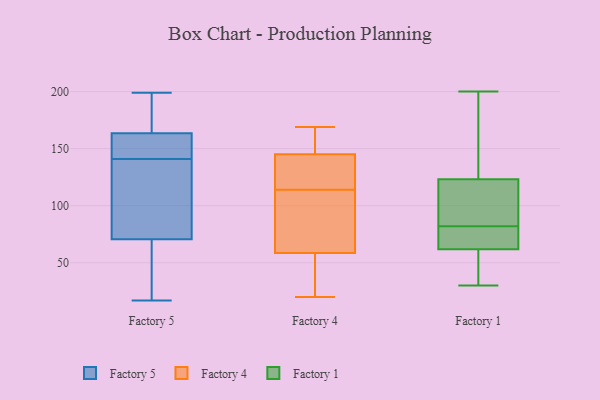
{"axis": {"x": "Satisfaction Score", "y": "Value"}, "legend": ["Factory 1", "Factory 4", "Factory 5"], "data": [{"x": "", "y": 59, "type": "Factory 5"}, {"x": "", "y": 36, "type": "Factory 5"}, {"x": "", "y": 141, "type": "Factory 5"}, {"x": "", "y": 188, "type": "Factory 5"}, {"x": "", "y": 199, "type": "Factory 5"}, {"x": "", "y": 17, "type": "Factory 5"}, {"x": "", "y": 154, "type": "Factory 5"}, {"x": "", "y": 150, "type": "Factory 5"}, {"x": "", "y": 159, "type": "Factory 5"}, {"x": "", "y": 105, "type": "Factory 5"}, {"x": "", "y": 132, "type": "Factory 5"}, {"x": "", "y": 51, "type": "Factory 5"}, {"x": "", "y": 176, "type": "Factory 5"}, {"x": "", "y": 165, "type": "Factory 5"}, {"x": "", "y": 134, "type": "Factory 5"}, {"x": "", "y": 69, "type": "Factory 4"}, {"x": "", "y": 104, "type": "Factory 4"}, {"x": "", "y": 123, "type": "Factory 4"}, {"x": "", "y": 114, "type": "Factory 4"}, {"x": "", "y": 165, "type": "Factory 4"}, {"x": "", "y": 169, "type": "Factory 4"}, {"x": "", "y": 147, "type": "Factory 4"}, {"x": "", "y": 139, "type": "Factory 4"}, {"x": "", "y": 20, "type": "Factory 4"}, {"x": "", "y": 55, "type": "Factory 4"}, {"x": "", "y": 40, "type": "Factory 4"}, {"x": "", "y": 200, "type": "Factory 1"}, {"x": "", "y": 66, "type": "Factory 1"}, {"x": "", "y": 78, "type": "Factory 1"}, {"x": "", "y": 87, "type": "Factory 1"}, {"x": "", "y": 49, "type": "Factory 1"}, {"x": "", "y": 151, "type": "Factory 1"}, {"x": "", "y": 196, "type": "Factory 1"}, {"x": "", "y": 96, "type": "Factory 1"}, {"x": "", "y": 30, "type": "Factory 1"}, {"x": "", "y": 77, "type": "Factory 1"}, {"x": "", "y": 82, "type": "Factory 1"}, {"x": "", "y": 114, "type": "Factory 1"}, {"x": "", "y": 34, "type": "Factory 1"}]}